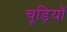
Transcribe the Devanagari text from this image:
चूड़ियॉ